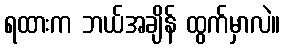
ရထားက ဘယ်အချိန် ထွက်မှာလဲ။